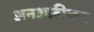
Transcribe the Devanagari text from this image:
अनअफ़्रीकन